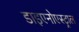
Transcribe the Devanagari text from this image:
डाइएनोएस्ट्राल